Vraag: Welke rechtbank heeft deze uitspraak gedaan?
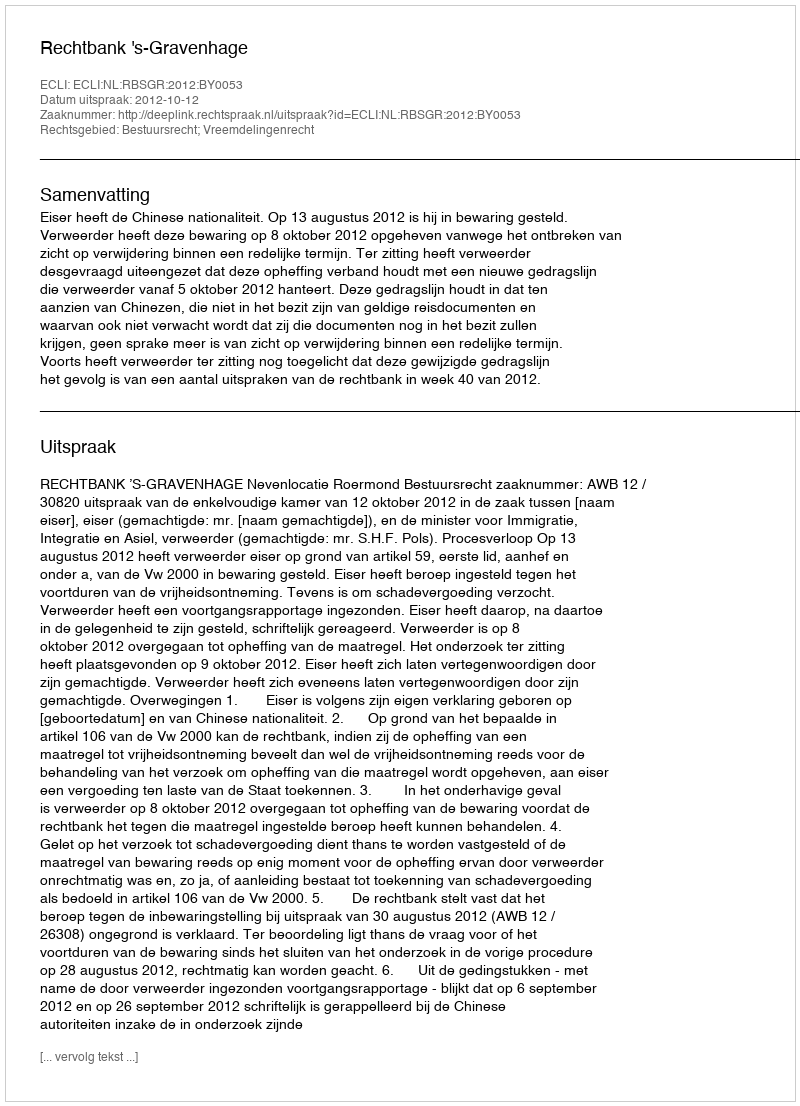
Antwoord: Rechtbank 's-Gravenhage